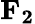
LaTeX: \mathbf{F_{2}}